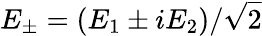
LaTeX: E_{\pm}=(E_{1}\pm iE_{2})/\sqrt{2}